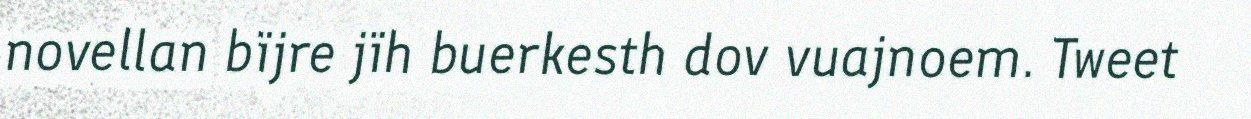
novellan bïjre jïh buerkesth dov vuajnoem. Tweet